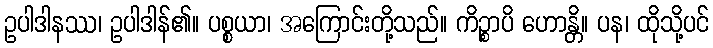
ဥပါဒါနဿ၊ ဥပါဒါန်၏။ ပစ္စယာ၊ အကြောင်းတို့သည်။ ကိဉ္စာပိ ဟောန္တိ။ ပန၊ ထိုသို့ပင်